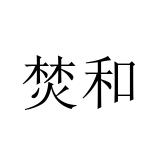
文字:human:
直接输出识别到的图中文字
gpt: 焚和